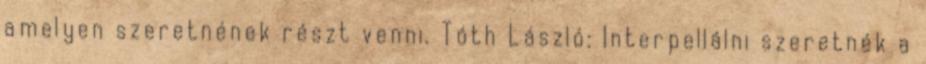
amelyen szeretnének részt venni. Tóth László: Interpellálni szeretnék a